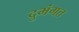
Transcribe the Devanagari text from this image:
दुभंगत